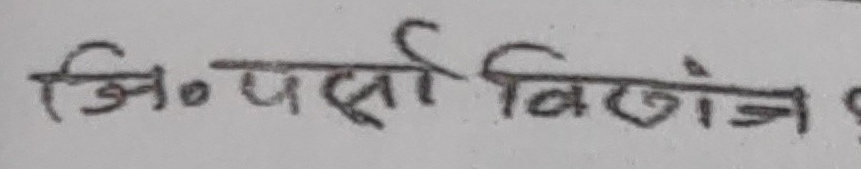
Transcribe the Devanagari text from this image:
जि॰ पर्सी विज्ञान